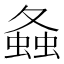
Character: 𧍸